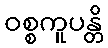
ဝစ္စကူပန္တိ